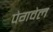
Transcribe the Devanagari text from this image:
पेगवेल